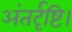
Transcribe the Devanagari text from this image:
अंतर्दृष्टि।